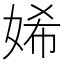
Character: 㛓